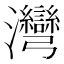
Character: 灣